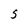
Character: 5